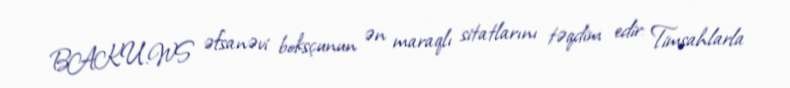
BAKU.WS əfsanəvi boksçunun ən maraqlı sitatlarını təqdim edir: Timsahlarla